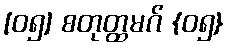
[၀၅] စတုတ္ထမဂ် {၀၅}